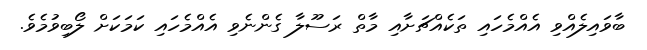
ބާވައިލެއްވި އެއްމެހައި ތަކެއްޗަށާއި މާތް ރަސޫލާ ގެންނެވި އެއްމެހައި ކަމަކަށް ލޯބިވުމެވެ.